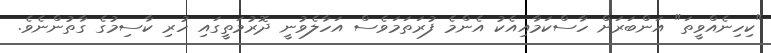
"ކިހިނެއްވީތަ" އަންބަރަށް ހާސްކަމާއިއެކު އެންމެ ފުރަތަމަވެސް އަހާލެވުނީ ދޮރުމަތީގައި ހުރި ކާސިމުގެ ގާތުންނެވެ.